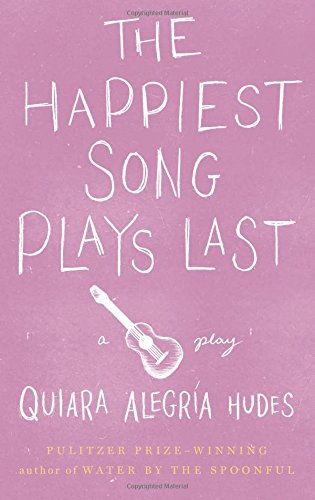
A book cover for The Happiest Song Plays Last; Quiara AlegrÃ­a Hudes; Literature & Fiction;